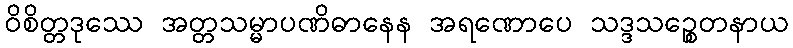
ဝိစိတ္တဒုဿေ အတ္တသမ္မာပဏိဓာနေန အရဏောပေ သဒ္ဒသဉ္စေတနာယ